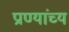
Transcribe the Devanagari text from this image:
प्राण्यांच्य